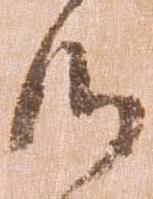
候